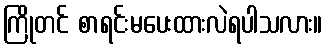
ကြိုတင် စာရင်းမပေးထားလဲရပါသလား။